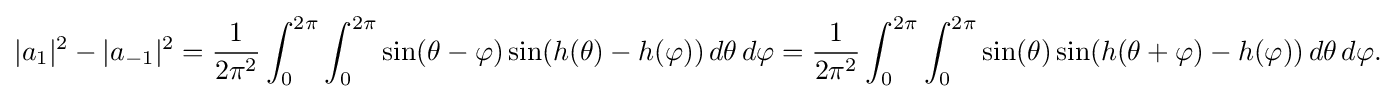
\displaystyle {|a_{1}|^{2}-|a_{-1}|^{2}={1 \over 2\pi ^{2}}\int _{0}^{2\pi }\int _{0}^{2\pi }\sin(\theta -\varphi )\sin(h(\theta )-h(\varphi ))\,d\theta \,d\varphi ={1 \over 2\pi ^{2}}\int _{0}^{2\pi }\int _{0}^{2\pi }\sin(\theta )\sin(h(\theta +\varphi )-h(\varphi ))\,d\theta \,d\varphi .}